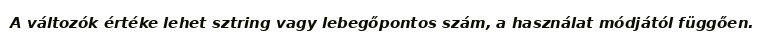
A változók értéke lehet sztring vagy lebegőpontos szám, a használat módjától függően.